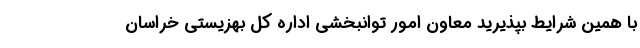
با همین شرایط بپذیرید معاون امور توانبخشی اداره کل بهزیستی خراسان